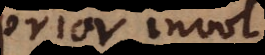
prior invol